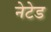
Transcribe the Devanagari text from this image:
नेटेड